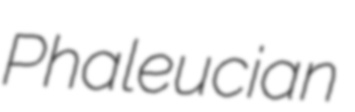
Phaleucian